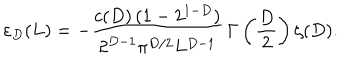
\varepsilon _ { D } ( L ) = - \frac { c ( D ) \, ( 1 - 2 ^ { 1 - D } ) } { 2 ^ { D - 1 } \pi ^ { D / 2 } L ^ { D - 1 } } \, \Gamma \left( \frac { D } { 2 } \right) \zeta ( D ) .